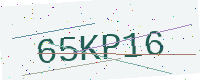
Text: 65KP16